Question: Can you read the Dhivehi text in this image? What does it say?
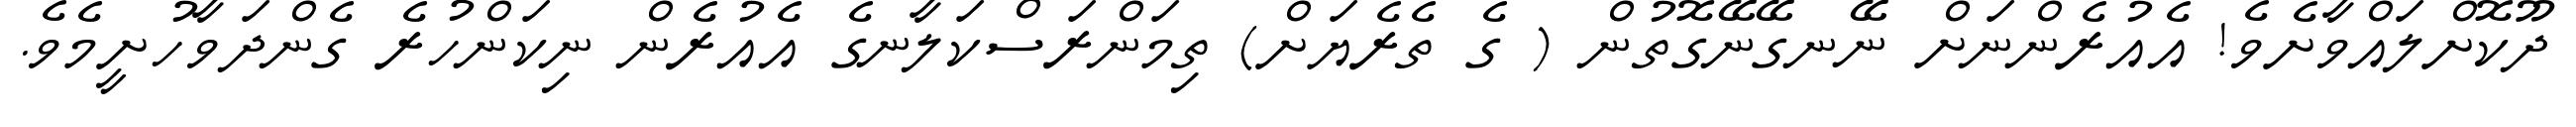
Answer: ދޫކޮށްލައްވާށެވެ! އެއުރެންނަށް ނޭނގޭނޭގޮތުން ( ގެ ތެރެޔަށް) ތިމަންރަސްކަލާނގެ އެއުރެން ނިކަންހުރެ ގެންދަވާހުށީމެވެ.